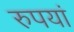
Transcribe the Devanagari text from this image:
रुपयां